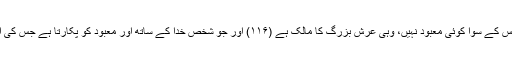
(۱۱۵) تو خدا جو سچا بادشاہ ہے (اس کی شان) اس سے اونچی ہے، اس کے سوا کوئی معبود نہیں، وہی عرش بزرگ کا مالک ہے (۱۱۶) اور جو شخص خدا کے ساتھ اور معبود کو پکارتا ہے جس کی اس کے پاس کچھ بھی سند نہیں تو اس کا حساب خدا ہی کے ہاں ہوگا۔